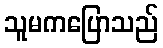
သူမကပြောသည်